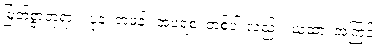
မြတ်စွာဘုရား။ ပုန၊ တဖန်။ အပရံစ၊ တစ်ပါးလည်း။ ယထာ၊ အကြင်